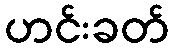
ဟင်းခတ်